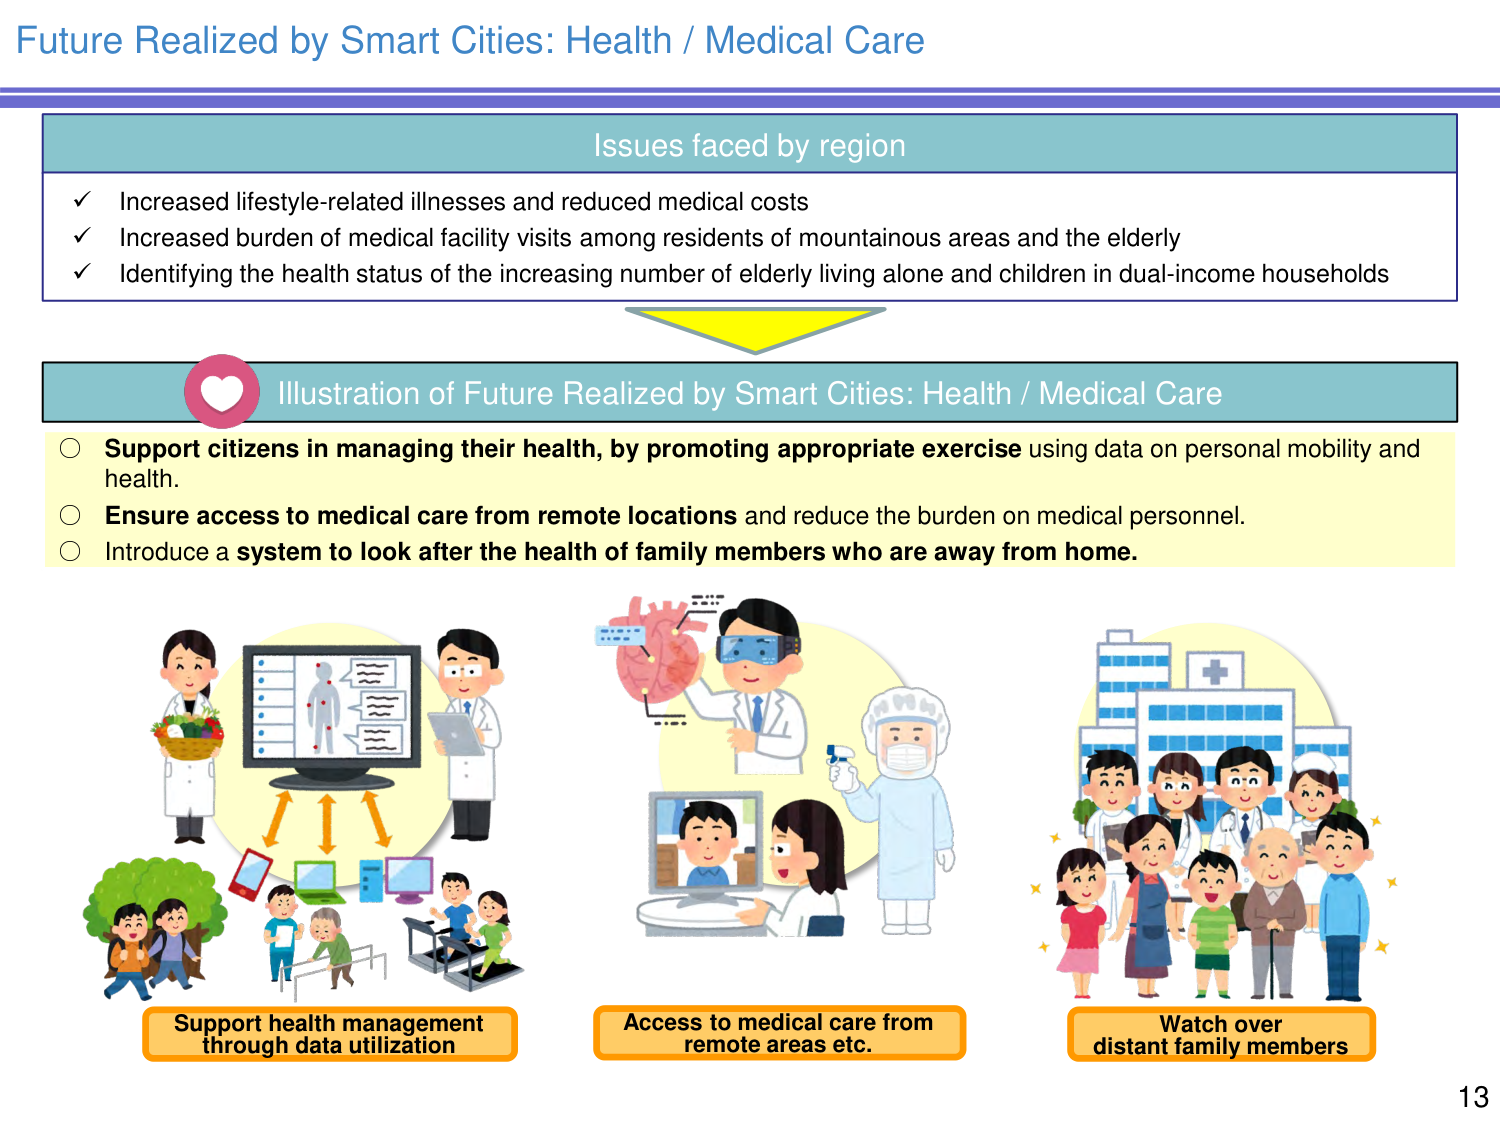
Future Realized by Smart Cities: Health / Medical Care

Issues faced by region
✓ Increased lifestyle-related illnesses and reduced medical costs
✓ Increased burden of medical facility visits among residents of mountainous areas and the elderly
✓ Identifying the health status of the increasing number of elderly living alone and children in dual-income households

Illustration of Future Realized by Smart Cities: Health / Medical Care
○ Support citizens in managing their health, by promoting appropriate exercise using data on personal mobility and health.
○ Ensure access to medical care from remote locations and reduce the burden on medical personnel.
○ Introduce a system to look after the health of family members who are away from home.

Support health management through data utilization
Access to medical care from remote areas etc.
Watch over distant family members

13